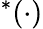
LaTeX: ^*(\cdot)